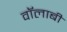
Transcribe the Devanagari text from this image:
वॉलाबी